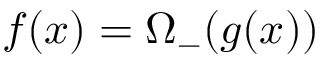
f ( x ) = \Omega _ { - } ( g ( x ) )